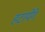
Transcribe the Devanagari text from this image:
हटायेंगे